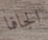
الجافا